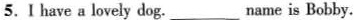
5.Ⅰ have a lovely dog. ___ name is Bobby.